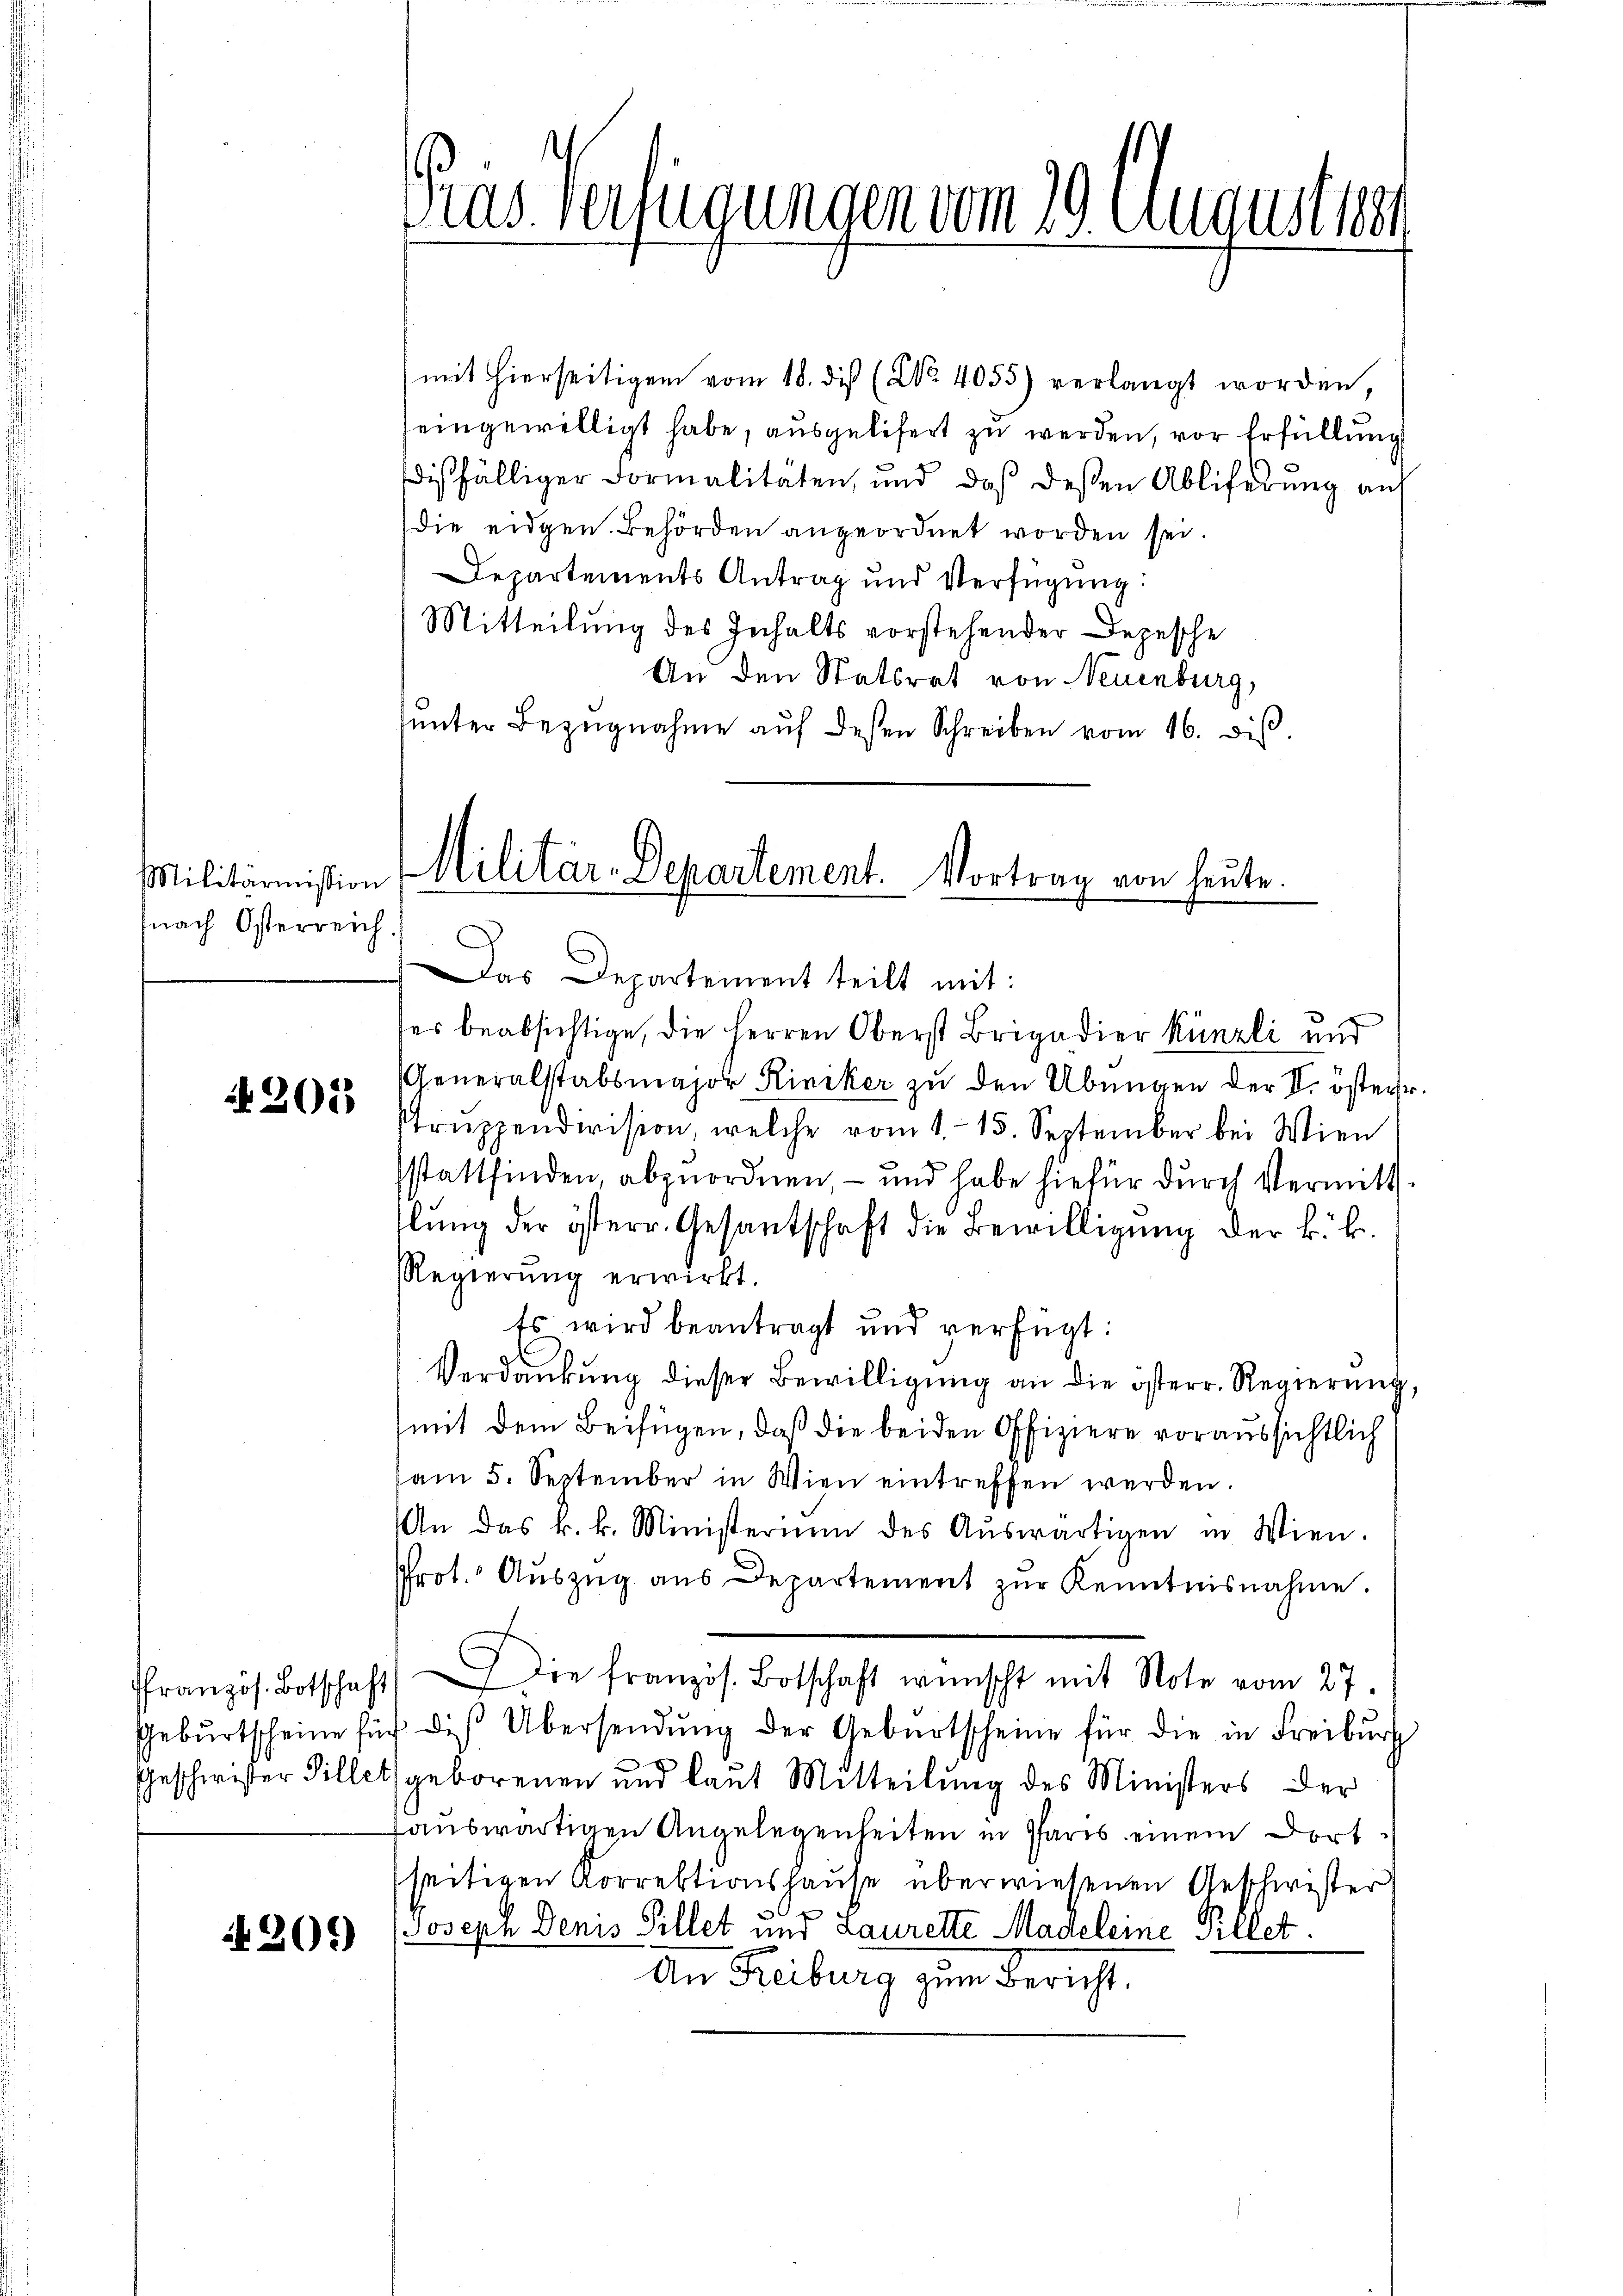
Militärmission
fnach Osterreich.)

201

205)

ras. Verfügungen vom 19. August 18

mit hierseitigen vom 18. die (Nr. 4055) verlangt worden,
eingewilligt habe, ausgelesert zu werden, vor Erfüllung
dißfälliger Formalitäten, und daß deßen Abliferung auf
die eidgen. Behörden angeordnet worden sei.
Departements Antrag und Verfügung:
Mitteilung des Inhalts vorstehender Depesche
An den Statsrat von Neuenburg,
ŭnter Bezŭgnahme aŭf desen Schreiben vom 16. diβ.

Militär-Departement. Vortrag von heute.

Das Departement teilt mit:
ses beabsichtige, die Herren Oberst Brigadier Künzli und
Generalstabsmajor Kiniker zu den Übungen der II. österr
struppendivision, welche vom 1. 15. September bei Wien
sstattfinden, abzuordnen, – und habe hiefür durch Vermittlŭng der österr. Gesantschaft die Bewilligŭng der k. k.
Regierŭng erwirkt.
Es wird beantragt und verfügt:
Verdankŭng dieser Bewilligŭng an die österr. Regierŭng,
mit dem Beifügen, daß die beiden Offiziere voraussichtlich
am 5. September in Wien eintreffen werden.
An das k. k. Ministerium des Aŭswärtigen in Wien.
Prot. Aŭszŭg aŭs Departement zŭr Kenntnisnahme.
d
ffranzös. Botschaft die französ. Botschaft wünscht mit Note vom 27.
Gebŭrtscheine für die Übersendŭng der Gebŭrtscheine für die in Freiburg
Geschwister Villet geborenen und laut Mitteilung des Ministers der
auswärtigen Angelegenheiten in Paris einem dort
seitigen Korrektionshause überwiesenen Geschwister
Joseph Denis Pillet und Laurette Madeleine Pillet.
An Freiburg zum Bericht.